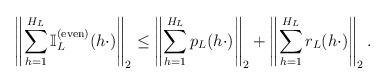
LaTeX: \begin{align*} \left\| \sum_{h=1}^{H_L} \mathbb{I}_L^{(\textup{even})} (h \cdot) \right\|_2\leq \left\| \sum_{h=1}^{H_L} p_L (h \cdot) \right\|_2 + \left\|\sum_{h=1}^{H_L} r_L (h \cdot) \right\|_2.\end{align*}